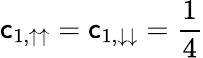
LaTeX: \mathsf{c}_{1,\uparrow\uparrow}=\mathsf{c}_{1,\downarrow\downarrow}=\frac{{1}}{{4}}